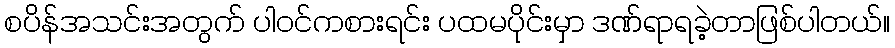
စပိန်အသင်းအတွက် ပါဝင်ကစားရင်း ပထမပိုင်းမှာ ဒဏ်ရာရခဲ့တာဖြစ်ပါတယ်။